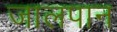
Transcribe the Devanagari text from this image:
जालपान